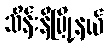
သိန်းနီမြို့နယ်